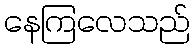
နေကြလေသည်